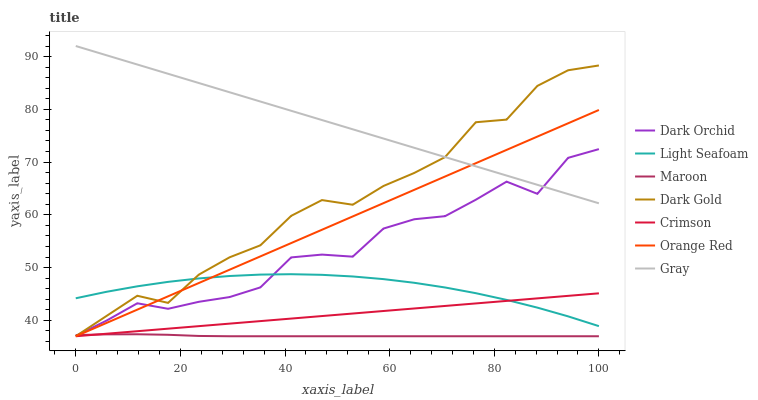
| xaxis_label | Dark Orchid | Light Seafoam | Maroon | Dark Gold | Crimson | Orange Red | Gray |
 | --- | --- | --- | --- | --- | --- | --- | --- |
 | 0 | 37.1 | 44.2 | 37.2 | 37 | 37 | 37 | 92 |
 | 5.88 | 40 | 45.4 | 37.4 | 40.8 | 37.5 | 39.5 | 90.2 |
 | 11.8 | 43.2 | 46.5 | 37.4 | 44.7 | 38 | 42 | 88.5 |
 | 17.6 | 42.2 | 47.3 | 37.3 | 43.3 | 38.4 | 44.6 | 86.7 |
 | 23.5 | 43.5 | 48 | 37.1 | 48.7 | 38.9 | 47.1 | 85 |
 | 29.4 | 44.4 | 48.4 | 37 | 52 | 39.4 | 49.6 | 83.2 |
 | 35.3 | 46.3 | 48.7 | 37 | 54.2 | 39.9 | 52.1 | 81.5 |
 | 41.2 | 51.9 | 48.8 | 37 | 59.8 | 40.3 | 54.7 | 79.7 |
 | 47.1 | 52.5 | 48.6 | 37 | 62.8 | 40.8 | 57.2 | 78 |
 | 52.9 | 52.1 | 48.3 | 37 | 61.9 | 41.3 | 59.7 | 76.2 |
 | 58.8 | 57.4 | 47.8 | 37 | 65.5 | 41.8 | 62.2 | 74.5 |
 | 64.7 | 59.2 | 47.1 | 37 | 67.9 | 42.3 | 64.7 | 72.7 |
 | 70.6 | 59.8 | 46.2 | 37 | 70.9 | 42.7 | 67.3 | 71 |
 | 76.5 | 62.9 | 45.2 | 37 | 77.6 | 43.2 | 69.8 | 69.2 |
 | 82.4 | 66.3 | 43.9 | 37 | 78.1 | 43.7 | 72.3 | 67.5 |
 | 88.2 | 64 | 42.4 | 37 | 84.4 | 44.2 | 74.8 | 65.7 |
 | 94.1 | 70.8 | 40.8 | 37 | 87.4 | 44.7 | 77.4 | 63.9 |
 | 100 | 72.5 | 38.9 | 37 | 88.3 | 45.1 | 79.9 | 62.2 |